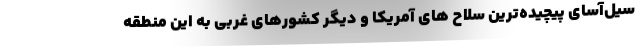
سیل‌آسای پیچیده‌ترین سلاح های آمریکا و دیگر کشورهای غربی به این منطقه